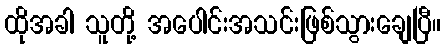
ထိုအခါ သူတို့ အပေါင်းအသင်းဖြစ်သွားချေပြီ။